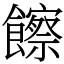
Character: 𩟔